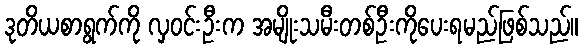
ဒုတိယစာရွက်ကို လှဝင်းဦးက အမျိုးသမီးတစ်ဦးကိုပေးရမည်ဖြစ်သည်။